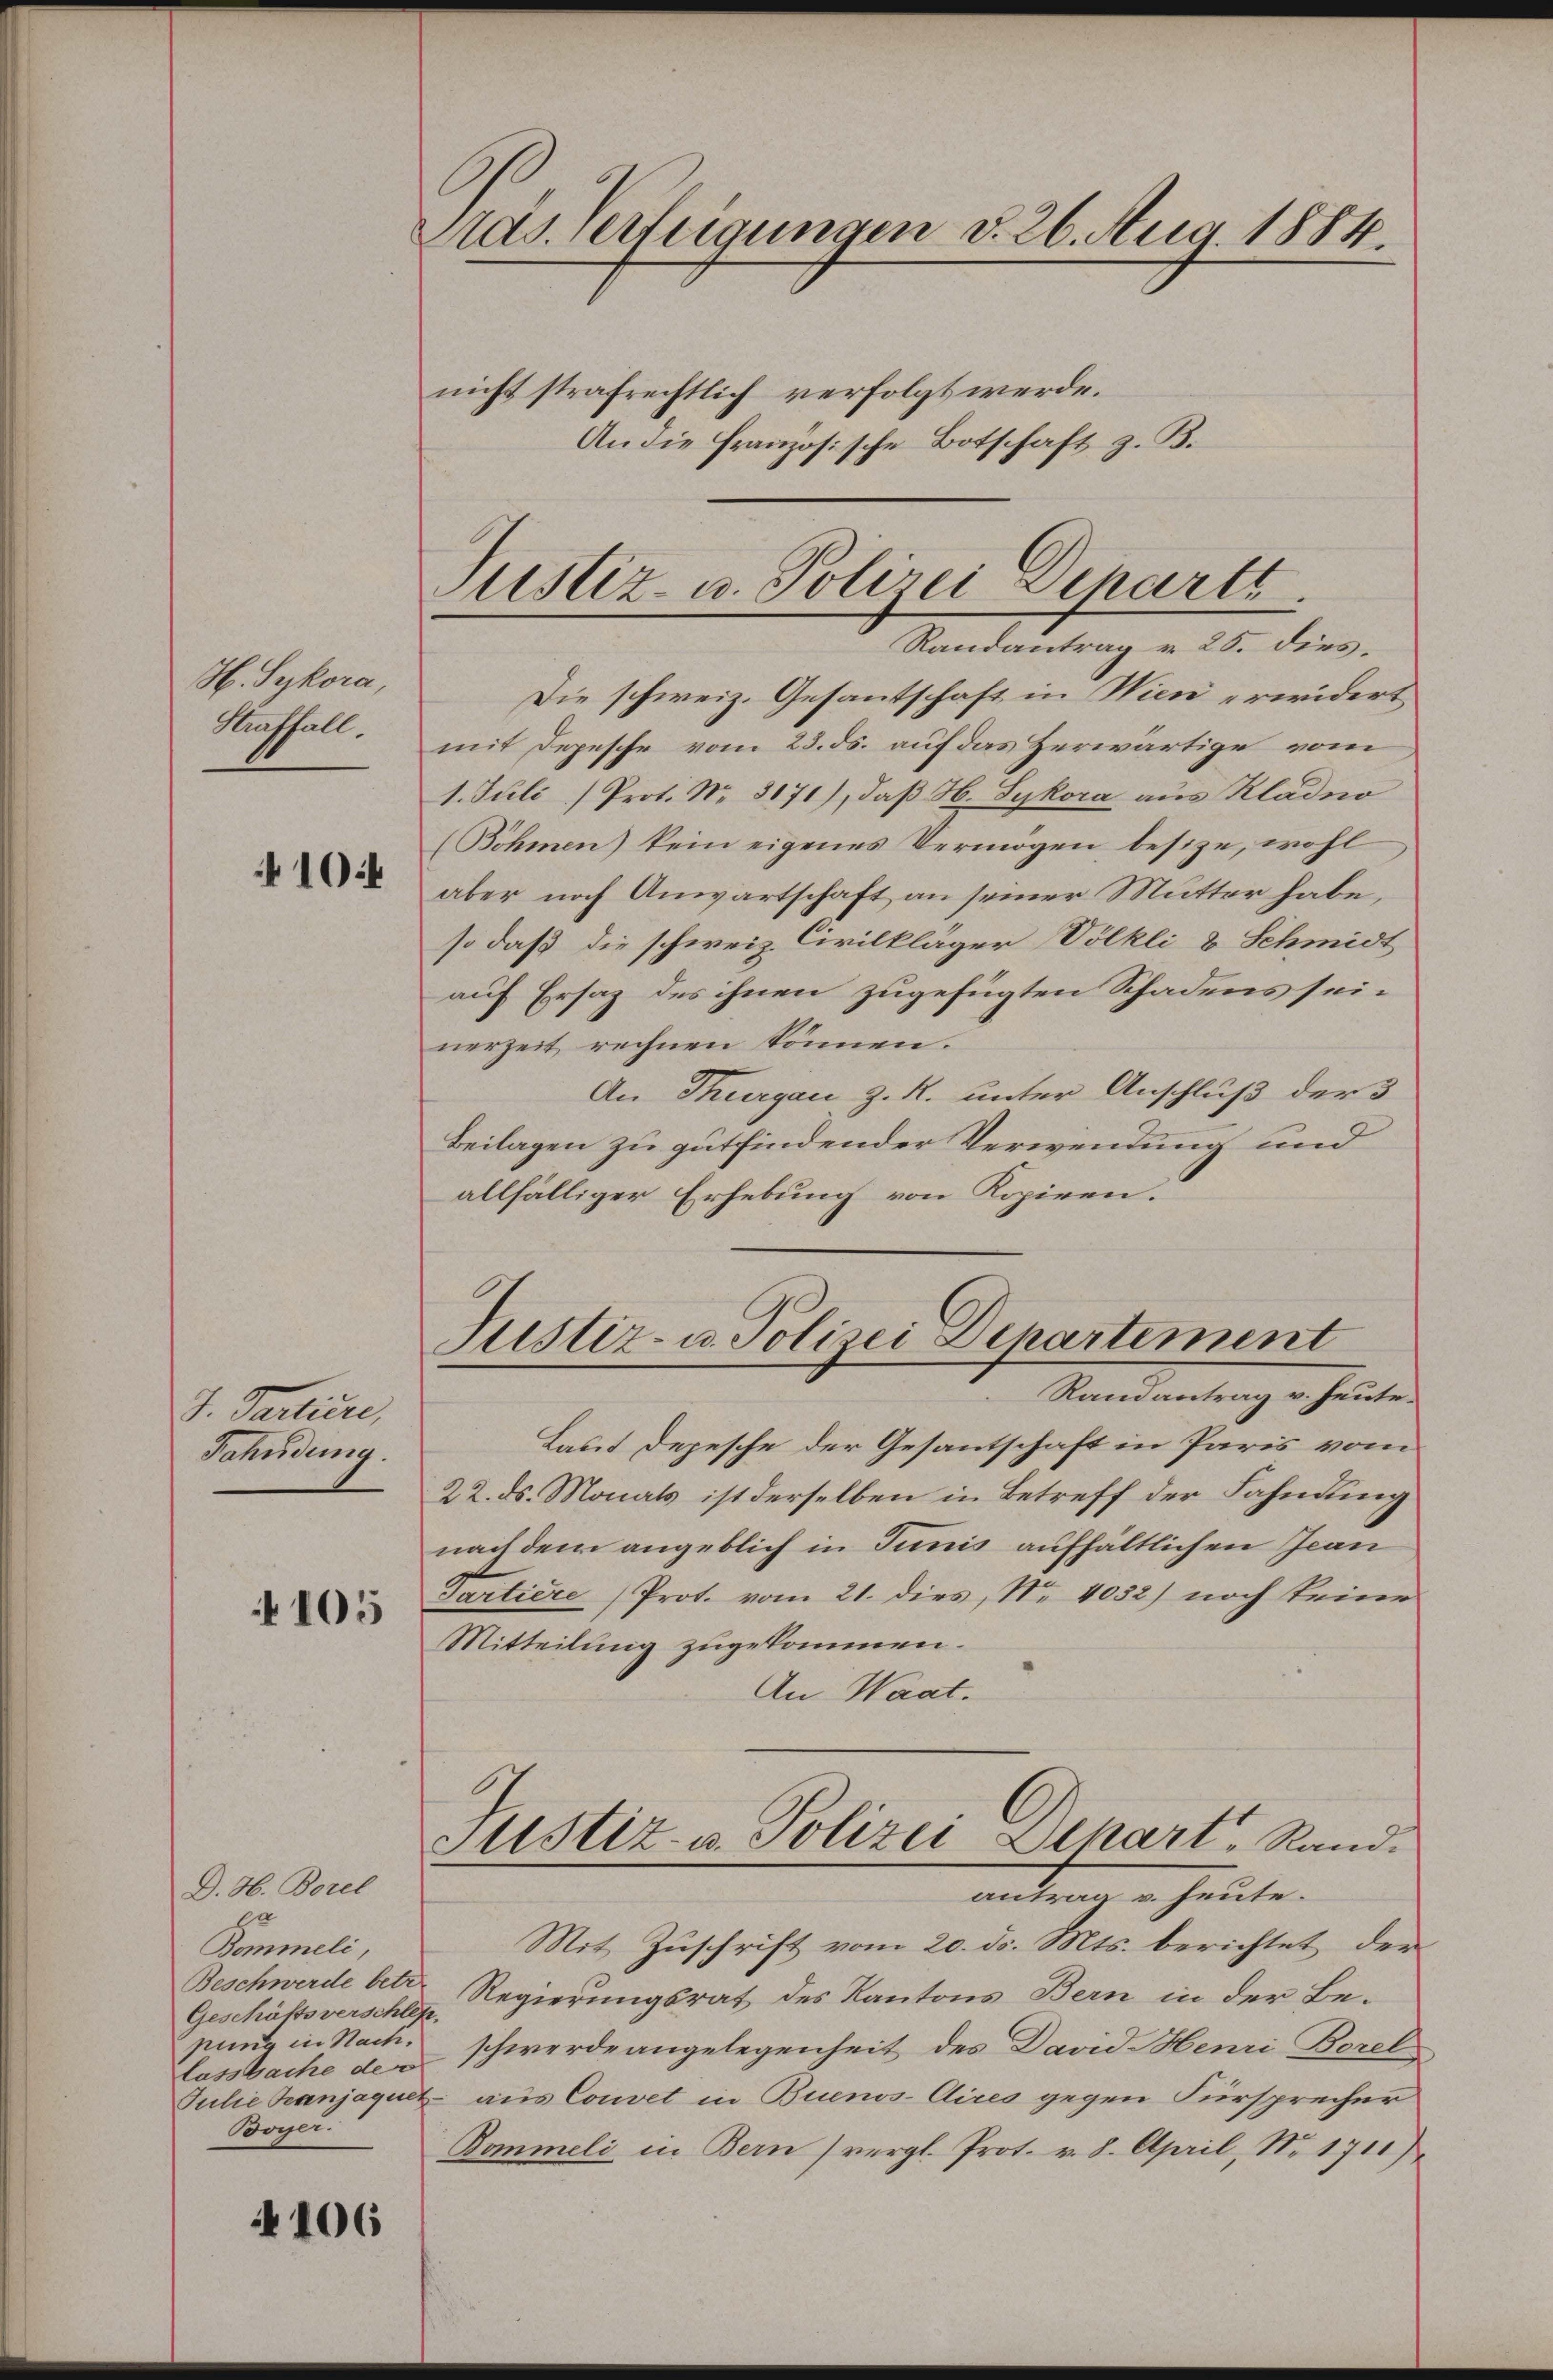
H. Sykora,
Straffall.
410.

J. Partiere,
Fahndung.

105

D. H. Borel
ga
Bommeli,
Geschäftsverschlep.
lassbache der
Boyer.

4106

Pras. Verfeigungen d. 26. Aug. 1884.
nicht strafrechtlich verfolgt werde.
An die Französische Botschaft z. B.

Justiz- u. Polizei separtt.
Randantrag v. 25. dies

Justiz- u. Polizei-Departement
Randantrag v. heute.

Die schweiz. Gesantschaft in Wien erwidert
mit Depesche vom 23. ds. auf das Zerwärtige vom
1. Juli Prot. Nr. 3171), daß H. Sykora aus Kladno
(Böhmen) kein eigenes Vermögen besize, wohl
aber noch Anwartschaft an seiner Mutter habe,
so daß die schweiz. Civilkläger Völkli & Schmidt
auf Ersaz des ihnen zugefügten Schadens seinerzeit rechnen können.
An Thurgau z. R. unter Anschluß der 3
Beilagen zu gutfindender Verwendung und
allfälliger Erhebung von Kopiren.
Laut Depesche der Gesantschaft in Paris vom
22. ds. Monats ist derselben in Betreff der Fahndung
nach dem angeblich in Tunis aufhältlichen Ican
Partiere Prot. vom 21. dies, Nr. 4032) noch keine
Mitteilung zugekommen.
An Waat.
Justiz- u. Polizei Depart, Rand.
antrag v. heute.
Mit Zuschrift vom 20. ds. Mts. berichtet, der
Beschwerde betr. Regierungsrat des Kantons Bern in der Bepung in Nach schwerde angelegenheit des David Henri Borel
Julie Banjaquet aus Convet in Buenos-Aires gegen Fürsprecher
Bommeli in Bern) vergl. Prot. v. 8. April, Nr. 1711)